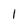
Character: 1